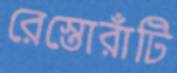
রেস্তোরাঁটি